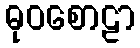
ဓုဝစောဠာ